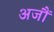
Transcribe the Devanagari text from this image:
अजौं